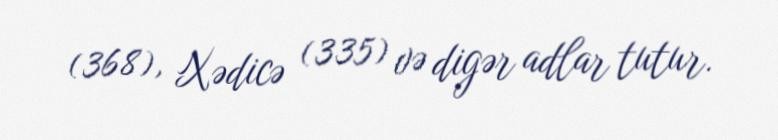
(368), Xədicə (335) və digər adlar tutur.